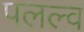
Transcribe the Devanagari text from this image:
पलल्व